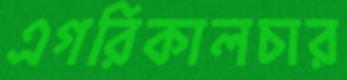
এগরিকালচার